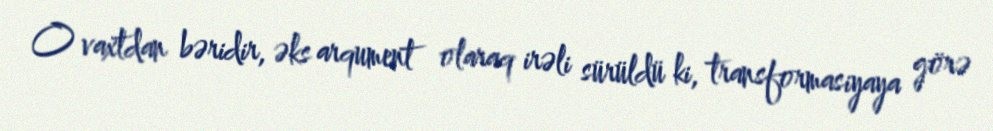
O vaxtdan bəridir, əks arqument olaraq irəli sürüldü ki, transformasiyaya görə